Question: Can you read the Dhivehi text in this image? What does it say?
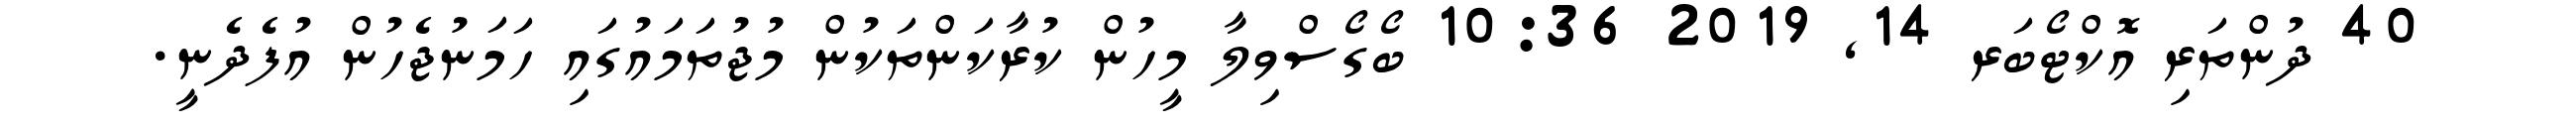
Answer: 40 ދުންތަރި އޮކްޓޯބަރ 14, 2019 10:36 ބޯގޯސްވިލާ މީހުން ކުރާކަންތަކުން މުޖުތަމައުގައި ހަމަނުޖެހުން އުފެދެނީ.